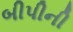
બીપીની